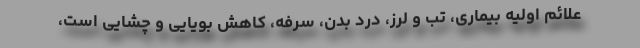
علائم اولیه بیماری، تب و لرز، درد بدن، سرفه، کاهش بویایی و چشایی است،